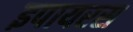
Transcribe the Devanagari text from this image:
इपायरस